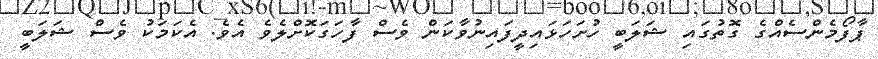
ޕާފޯމެންސެއްގެ ގޮތުގައި ޝަލަބީ ހުށަހަޅައިދީފައިނުވާކަން ވެސް ފާހަގަކޮށްލެވެ އެވެ. އެކަމަކު ވެސް ޝަލަބީ